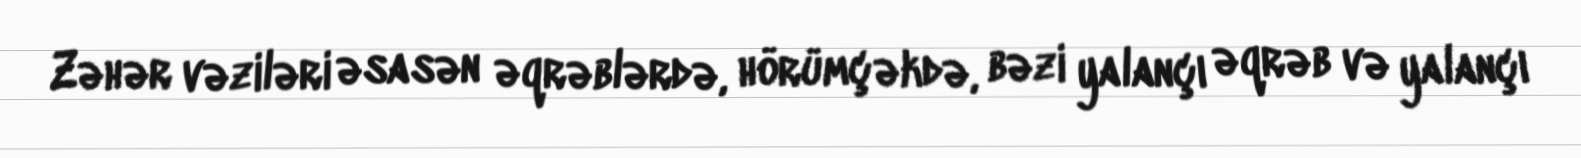
Zəhər vəziləri əsasən əqrəblərdə, hörümçəkdə, bəzi yalançı əqrəb və yalançı